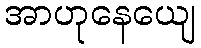
အာဟုနေယျေ